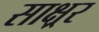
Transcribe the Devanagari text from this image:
साक्ष्रर